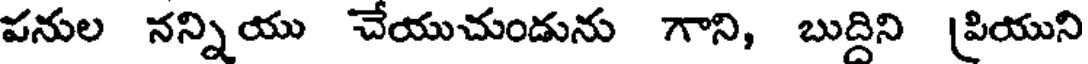
వనుల నన్నియు చేయుచుండును గాని, బుద్దిని [వియుని